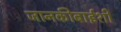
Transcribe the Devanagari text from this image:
जानकीबाईशी